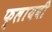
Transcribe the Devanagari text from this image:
फ्लायबी